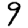
Digit: 9